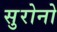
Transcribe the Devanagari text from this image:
सुरोनो